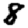
Digit: 8